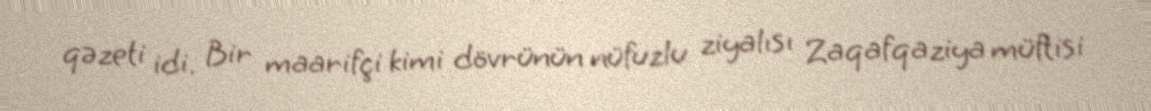
qəzeti idi. Bir maarifçi kimi dövrünün nüfuzlu ziyalısı Zaqafqaziya müftisi